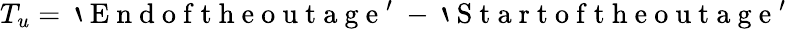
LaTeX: T_{u}=\mathrm{~`~E~n~d~o~f~t~h~e~o~u~t~a~g~e~'~}-\mathrm{~`~S~t~a~r~t~o~f~t~h~e~o~u~t~a~g~e~'~}